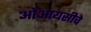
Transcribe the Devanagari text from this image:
ओआयसीचे